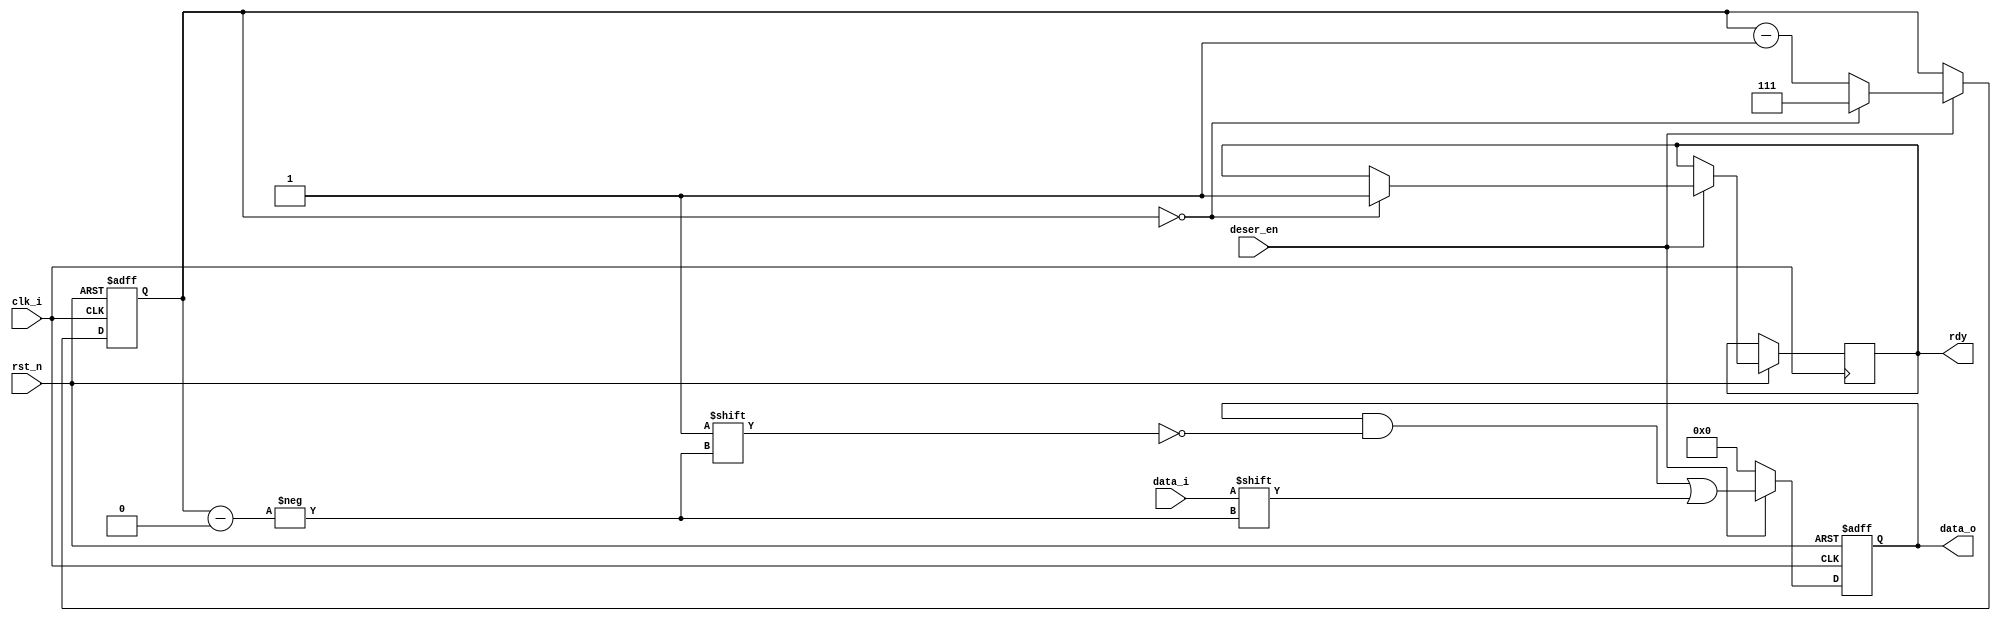
module deser#(
    parameter WIDTH = 8
)(
    input data_i,
    input deser_en,
          rst_n,
          clk_i,
    output reg [WIDTH-1:0] data_o,
    output reg rdy
);
reg [2:0] i;
always @(posedge clk_i or negedge rst_n) begin
    if(!rst_n)begin
        i <= WIDTH-1;
        data_o <= {WIDTH{1'b0}};
    end
    else begin
        if(deser_en)begin
            data_o [i] = data_i;
            i <= i-1;
            if(i == 3'd0)begin
                i<=WIDTH-1;
                rdy <= 1'b1;
            end
        end
        else begin
            data_o <= {WIDTH{1'b0}};
        end
    end
end
endmodule